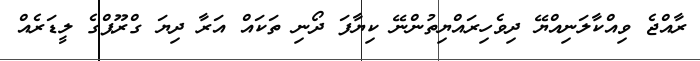
ރާއްޖެ ވިއްކާލަނިއްޔޭ ދިވެހިރައްޔިތުންނޭ ކިޔާފަ ދޯނި ތަކައް އަރާ ދިޔަ ގްރޫޕްގެ ލީޑަރެއް